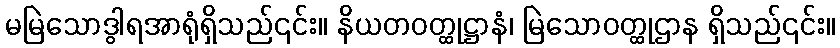
မမြဲသောဒွါရအာရုံရှိသည်၎င်း။ နိယတဝတ္ထုဋ္ဌာနံ၊ မြဲသောဝတ္ထုဌာန ရှိသည်၎င်း။